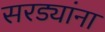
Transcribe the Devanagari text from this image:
सरड्यांना